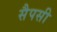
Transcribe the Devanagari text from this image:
सैपसी